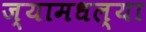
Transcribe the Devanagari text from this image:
ज्यामधल्या